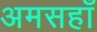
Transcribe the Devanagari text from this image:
अमसहाँ